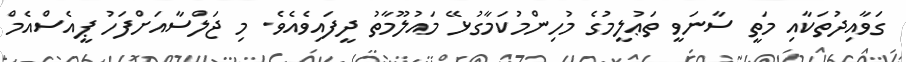
ގަވާއިދުތަކާއި މަތީ ސާނަވީ ތަޢުލީމުގެ މުހިންމުކަމާގުޅޭ މައުލޫމާތު ދީފައިވެއެވެ. މި ޖަލްސާއަށްފަހު ޕީއެސްއެމް